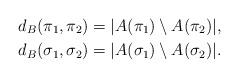
LaTeX: \begin{align*}d_B(\pi_1,\pi_2)&=\lvert A(\pi_1)\setminus A(\pi_2) \rvert,\\d_B(\sigma_1,\sigma_2)&=\lvert A(\sigma_1)\setminus A(\sigma_2) \rvert.\end{align*}